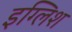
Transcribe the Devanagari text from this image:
इग्लिश